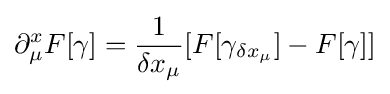
\partial _{\mu }^{x}F[\gamma ]={\frac {1}{\delta x_{\mu }}}[F[\gamma _{\delta x_{\mu }}]-F[\gamma ]]